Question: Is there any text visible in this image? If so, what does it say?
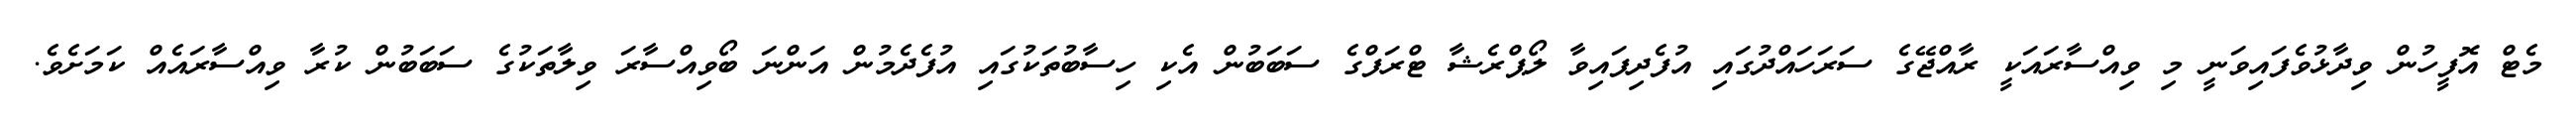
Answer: މެޓް އޮފީހުން ވިދާޅުވެފައިވަނީ މި ވިއްސާރައަކީ ރާއްޖޭގެ ސަރަހައްދުގައި އުފެދިފައިވާ ލޯޕްރެޝާ ޓްރަފްގެ ސަބަބުން އެކި ހިސާބުތަކުގައި އުފެދެމުން އަންނަ ބޯވިއްސާރަ ވިލާތަކުގެ ސަބަބުން ކުރާ ވިއްސާރައެއް ކަމަށެވެ.